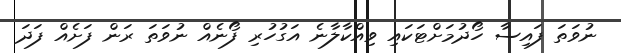
ނުވަތަ ފައިސާ ހޯދުމަށްޓަކައި ވިއްކާލާނެ އަގުހުރި ފޯނެއް ނުވަތަ ރަން ފަށެއް ފަދަ